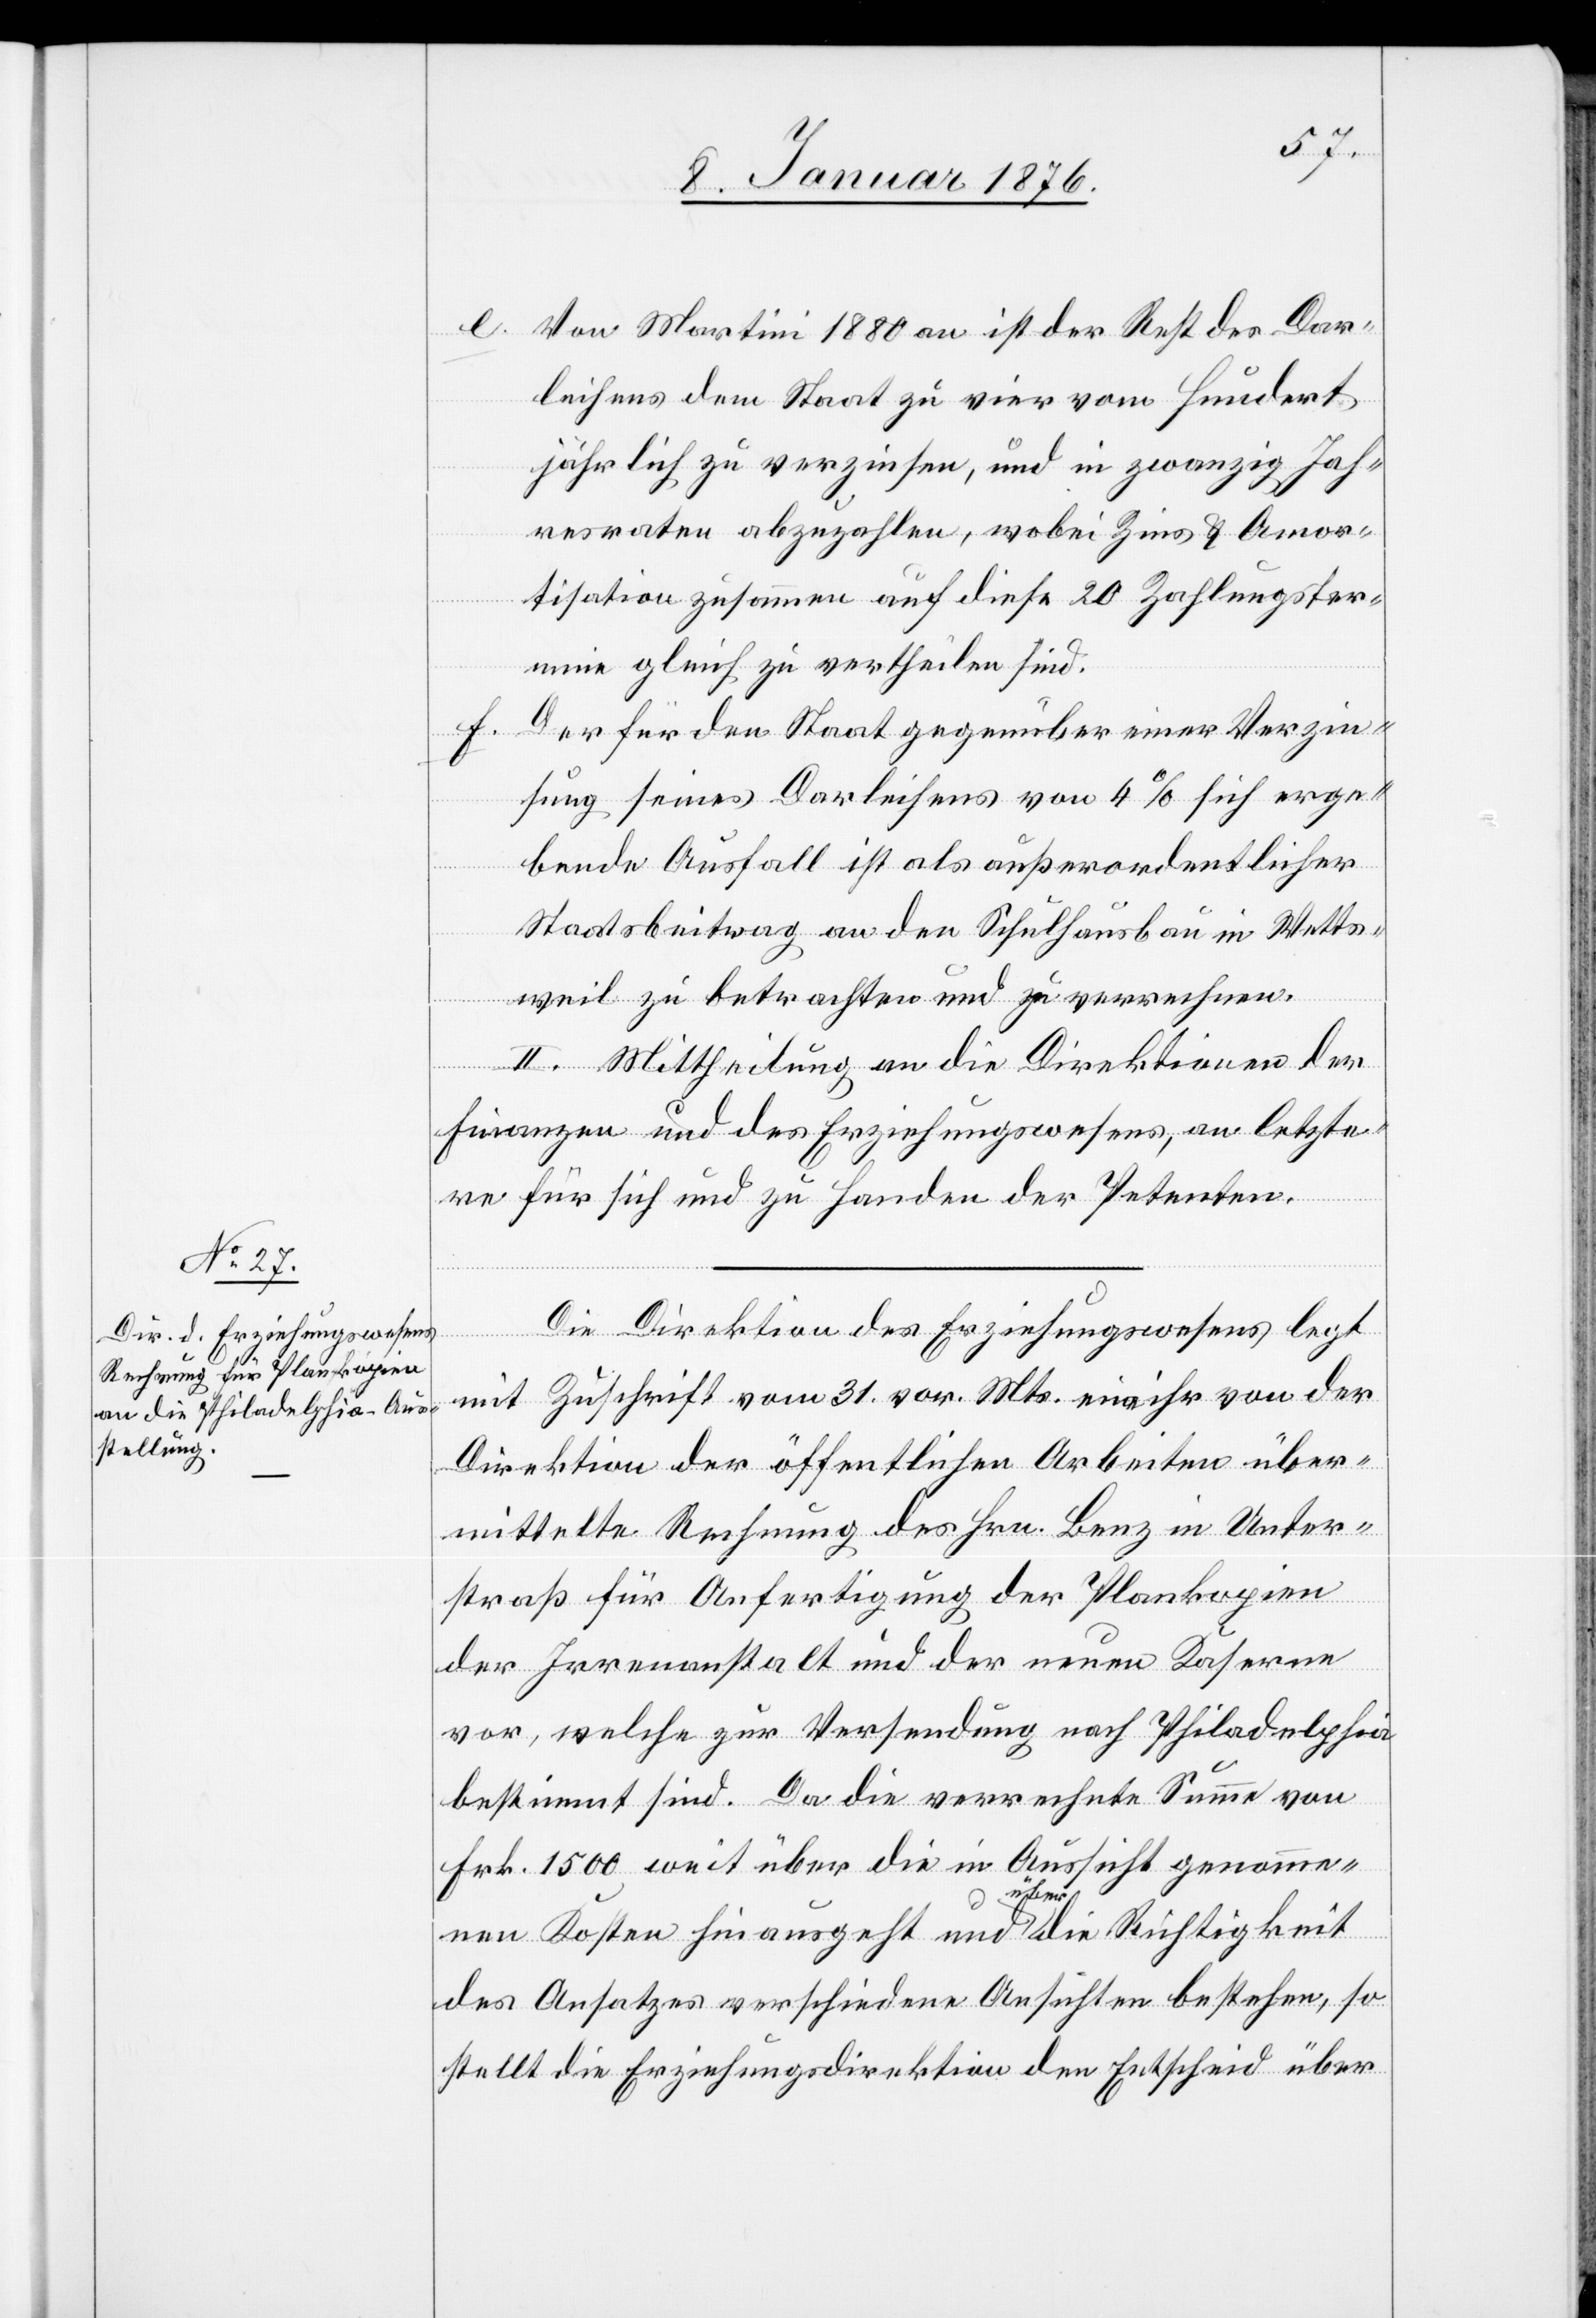
Von Martini 1880 an ist der Rest des Dar¬
leihens dem Staat zu vier vom [sic!] Hundert
jährlich zu verzinsen, und in zwanzig Jah¬
resraten abzuzahlen, wobei Zins u. Amor¬
tisation zusammen auf diese 20 Zahlungster¬
mine gleich zu vertheilen sind.
f.
Der für den Staat gegenüber einer Verzin¬
sung seines Darleihens von 4 % sich erge¬
e.
bende Ausfall ist als außerordentlicher
Staatsbeitrag an den Schulhausbau in Wetts¬
weil zu betrachten und zu verrechnen.
II. Mittheilung an die Direktion der
Finanzen und des Erziehungswesens, an letzte¬
re für sich und zu Handen der Petenten.
Die Direktion des Erziehungswesens legt
mit Zuschrift vom 31. vor. Mts. eine ihr von der
Direktion der öffentlichen Arbeiten über¬
mittelte Rechnung des Hrn. Benz in Unter¬
straß für Anfertigung der Plankopien
der Irrenanstalt und der neuen Kaserne
vor, welche zur Versendung nach Philadelphia
bestimmt sind. Da die verrechnete Summe von
Frk. 1550 weit über die in Aussicht genomme¬
nen Kosten hinausgeht und über die Richtigkeit
des Ansatzes verschiedene Ansichten bestehen, so
stellt die Erziehungsdirektion den Entscheid über